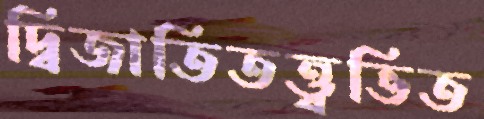
দ্বিজাতিতত্ত্বভিত